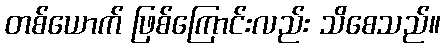
တစ်ယောက် ဖြစ်ကြောင်းလည်း သိစေသည်။